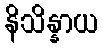
နိသိန္နာယ